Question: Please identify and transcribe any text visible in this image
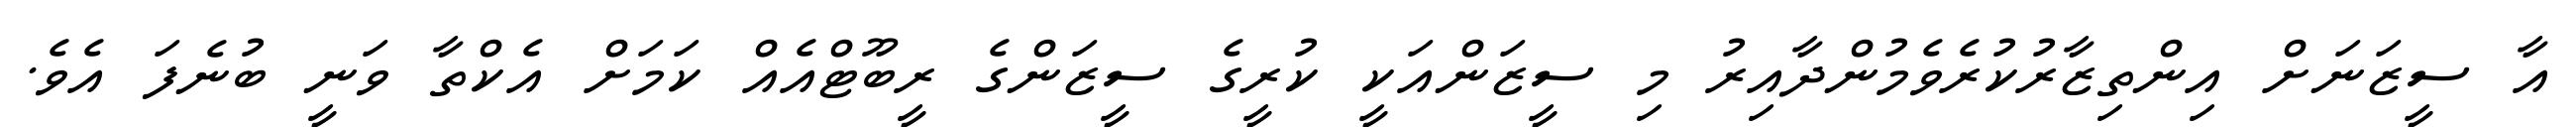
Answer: އާ ސީޒަނަށް އިންތިޒާރުކުރެވެމުންދާއިރު މި ސީޒަންއަކީ ކުރީގެ ސީޒަންގެ ރީބޫޓްއެއް ކަމަށް އެކްތާ ވަނީ ބުނެފަ އެވެ.